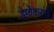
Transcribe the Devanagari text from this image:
डेग्वेकरांचे